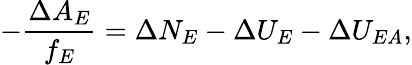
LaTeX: -\frac{\Delta A_{E}}{f_{E}}=\Delta N_{E}-\Delta U_{E}-\Delta U_{EA},